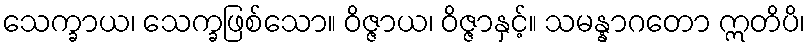
သေက္ခာယ၊ သေက္ခဖြစ်သော။ ဝိဇ္ဇာယ၊ ဝိဇ္ဇာနှင့်။ သမန္နာဂတော ဣတိပိ၊